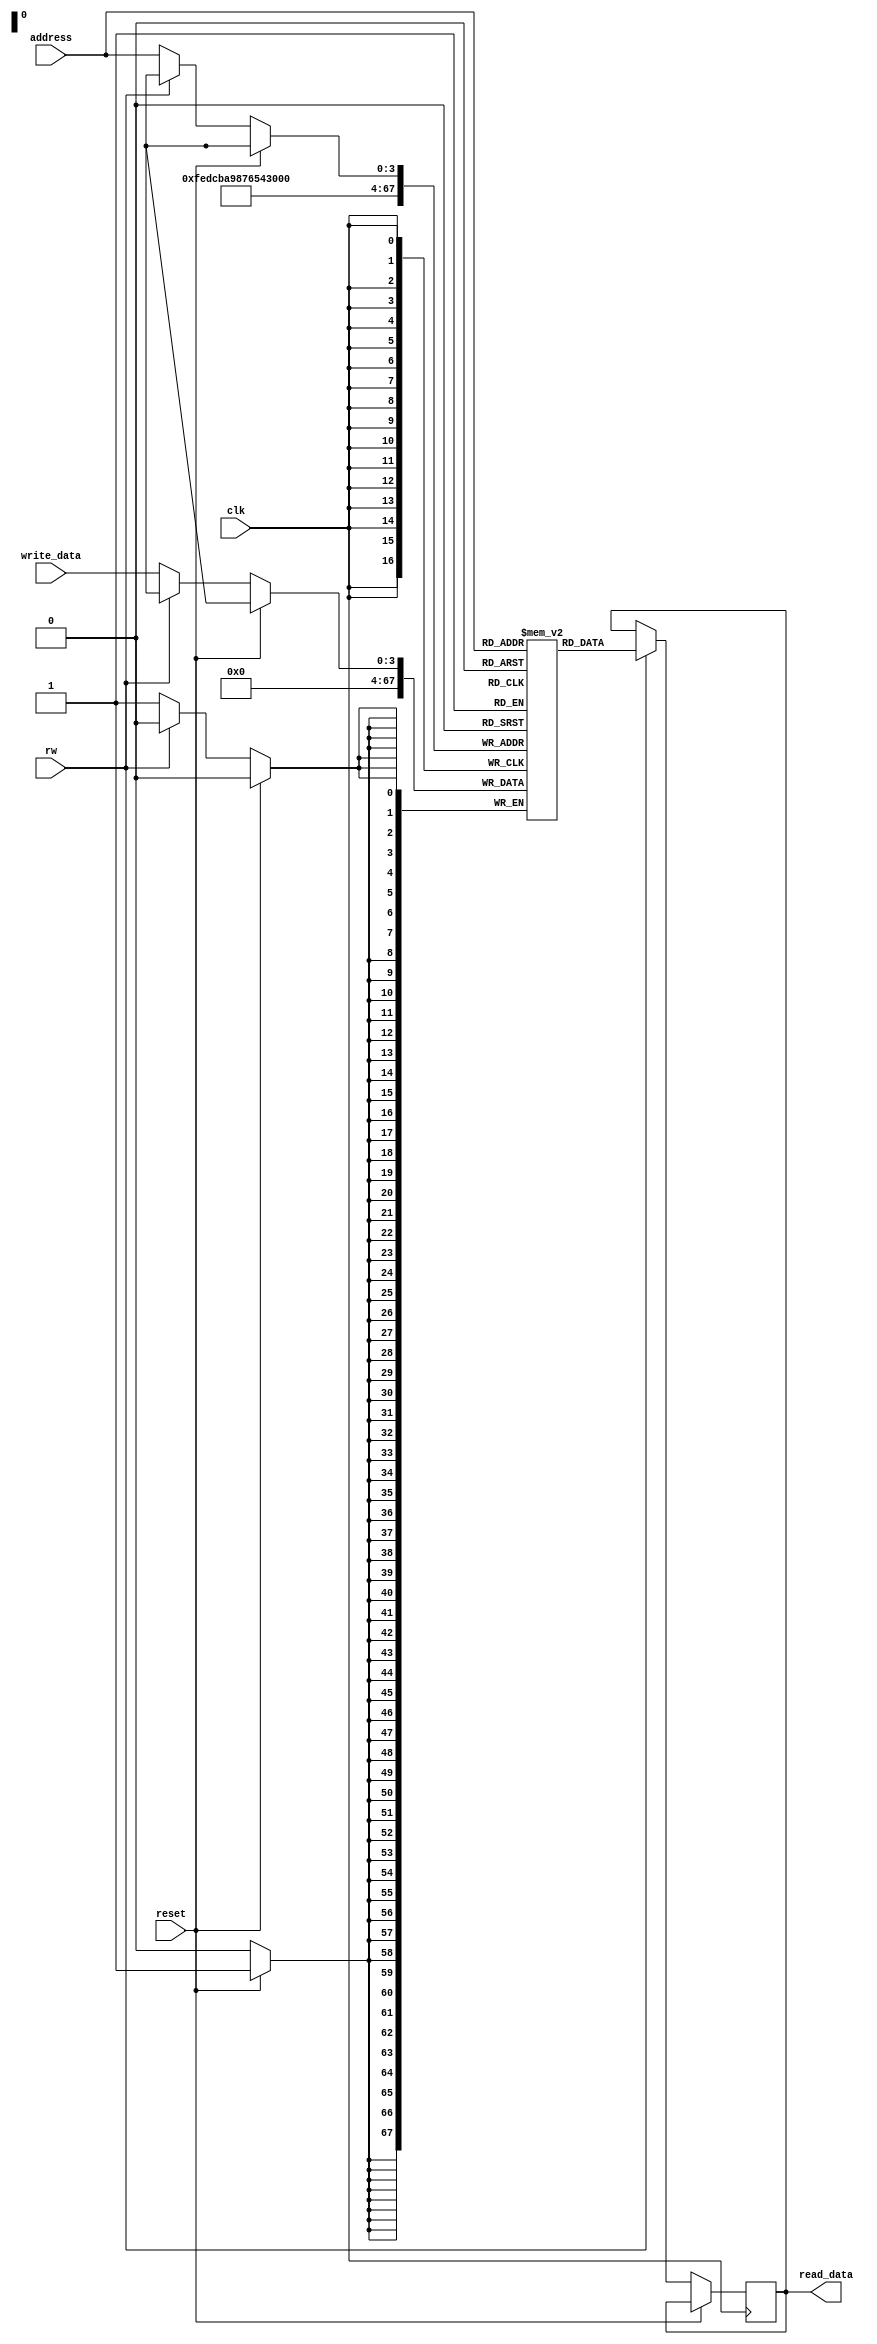
module memory 
(
	input [3:0] write_data,
	input rw,reset,clk,
	input [3:0] address,
	output reg [3:0] read_data
);
	reg [3:0] mem [15:0];
	
	always @ (posedge clk)
	begin
	if (reset == 0)
	begin
	if (rw == 0)
	begin
	mem [address] <= write_data;
	end
	
	else
	begin
	read_data <= mem [address];
	end
	end
	
	else
	begin
	mem[0] <= 0;
	mem[1] <= 0;
	mem[2] <= 0;
	mem[3] <= 0;
	mem[4] <= 0;
	mem[5] <= 0;
	mem[6] <= 0;
	mem[7] <= 0;
	mem[8] <= 0;
	mem[9] <= 0;
	mem[10] <= 0;
	mem[11] <= 0;
	mem[12] <= 0;
	mem[13] <= 0;
	mem[14] <= 0;
	mem[15] <= 0;
	end
	end
endmodule

module memory_test ();
	reg[3:0] write_data;
	reg rw,reset,clk;
	reg [3:0] address;
	wire [3:0] read_data;

memory mem (write_data,rw,reset,clk,address,read_data);
	always
	#3 clk = ~clk;
	initial
	begin
	reset = 1;
	#30 reset = 0; clk = 0;
	#30 rw = 0; write_data = 5; address = 4;
	#30 rw = 1; address = 4;
	end
endmodule